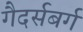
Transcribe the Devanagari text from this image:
गैदर्सबर्ग